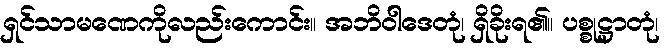
ရှင်သာမဏေကိုလည်းကောင်း။ အဘိဝါဒေတုံ၊ ရှိခိုးရ၏။ ပစ္စုဋ္ဌာတုံ၊